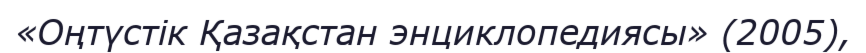
«Оңтүстік Қазақстан энциклопедиясы» (2005),